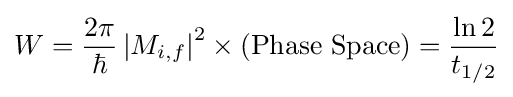
W={\frac {2\pi }{\hbar }}\left|M_{i,f}\right|^{2}\times {\text{(Phase Space)}}={\frac {\ln 2}{t_{1/2}}}